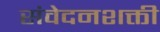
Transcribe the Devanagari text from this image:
संवेदनशक्ती